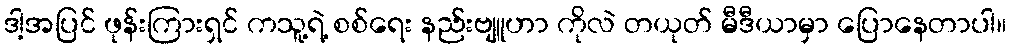
ဒါ့အပြင် ဖုန်းကြားရှင် ကသူ့ရဲ့ စစ်ရေး နည်းဗျူဟာ ကိုလဲ တယုတ် မီဒီယာမှာ ပြောနေတာပါ။